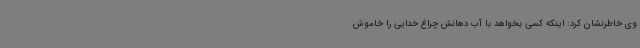
وی خاطرنشان کرد: اینکه کسی بخواهد با آب دهانش چراغ خدایی را خاموش